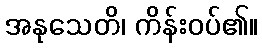
အနုသေတိ၊ ကိန်းဝပ်၏။